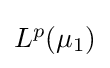
{\textstyle L^{p}(\mu _{1})}